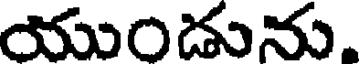
యుండును,